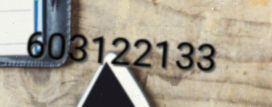
603122133